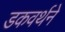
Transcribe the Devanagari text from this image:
डकवर्थने